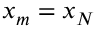
{ { x } _ { m } } = { { x } _ { N } }